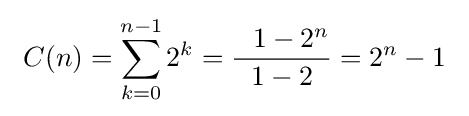
\ C(n)=\sum _{k=0}^{n-1}2^{k}={\frac {~~1-2^{n}}{\ 1-2\ }}=2^{n}-1\